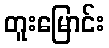
တူးမြောင်း